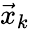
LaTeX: \vec{x}_{k}